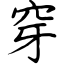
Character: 穿